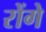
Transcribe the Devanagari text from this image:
रोंगे